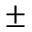
\pm